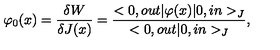
\varphi _ { 0 } ( x ) = \frac { \delta W } { \delta J ( x ) } = \frac { < 0 , o u t | \varphi ( x ) | 0 , i n > _ { J } } { < 0 , o u t | 0 , i n > _ { J } } ,